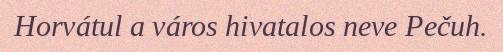
Horvátul a város hivatalos neve Pečuh.